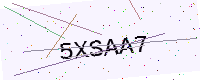
Text: 5XSAA7